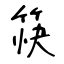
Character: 筷